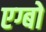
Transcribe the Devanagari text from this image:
एग्बो